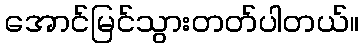
အောင်မြင်သွားတတ်ပါတယ်။